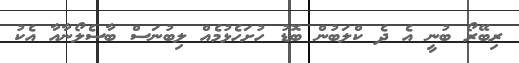
ރިބޭރޯ ބުނީ އެ ދެ ކްލަބުން ބޮޑު ހުށަހެޅުމެއް ލިބުނަސް ބާސެލޯނާއާ އެކު